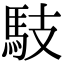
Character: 馶